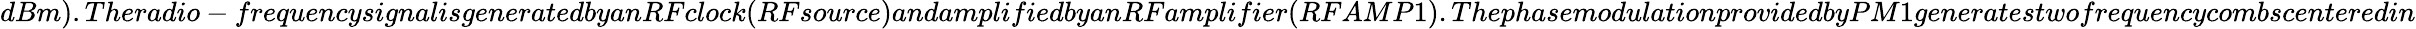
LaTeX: dBm).Theradio-frequencysignalisgeneratedbyanRFclock(RFsource)andamplifiedbyanRFamplifier(RFAMP1).ThephasemodulationprovidedbyPM1generatestwofrequencycombscenteredin